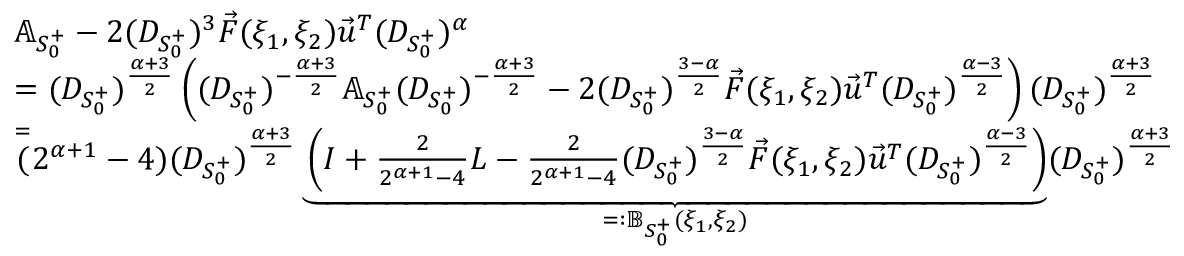
\begin{array} { r l } & { \mathbb { A } _ { S _ { 0 } ^ { + } } - 2 ( D _ { S _ { 0 } ^ { + } } ) ^ { 3 } \vec { F } ( \xi _ { 1 } , \xi _ { 2 } ) \vec { u } ^ { T } ( D _ { S _ { 0 } ^ { + } } ) ^ { \alpha } } \\ & { = ( D _ { S _ { 0 } ^ { + } } ) ^ { \frac { \alpha + 3 } 2 } \left( ( D _ { S _ { 0 } ^ { + } } ) ^ { - \frac { \alpha + 3 } 2 } \mathbb { A } _ { S _ { 0 } ^ { + } } ( D _ { S _ { 0 } ^ { + } } ) ^ { - \frac { \alpha + 3 } 2 } - 2 ( D _ { S _ { 0 } ^ { + } } ) ^ { \frac { 3 - \alpha } { 2 } } \vec { F } ( \xi _ { 1 } , \xi _ { 2 } ) \vec { u } ^ { T } ( D _ { S _ { 0 } ^ { + } } ) ^ { \frac { \alpha - 3 } 2 } \right) ( D _ { S _ { 0 } ^ { + } } ) ^ { \frac { \alpha + 3 } 2 } } \\ & { \overset = ( 2 ^ { \alpha + 1 } - 4 ) ( D _ { S _ { 0 } ^ { + } } ) ^ { \frac { \alpha + 3 } 2 } \underbrace { \left( I + \frac { 2 } { 2 ^ { \alpha + 1 } - 4 } L - \frac { 2 } { 2 ^ { \alpha + 1 } - 4 } ( D _ { S _ { 0 } ^ { + } } ) ^ { \frac { 3 - \alpha } { 2 } } \vec { F } ( \xi _ { 1 } , \xi _ { 2 } ) \vec { u } ^ { T } ( D _ { S _ { 0 } ^ { + } } ) ^ { \frac { \alpha - 3 } 2 } \right) } _ { = : \mathbb { B } _ { S _ { 0 } ^ { + } } ( \xi _ { 1 } , \xi _ { 2 } ) } ( D _ { S _ { 0 } ^ { + } } ) ^ { \frac { \alpha + 3 } 2 } } \end{array}